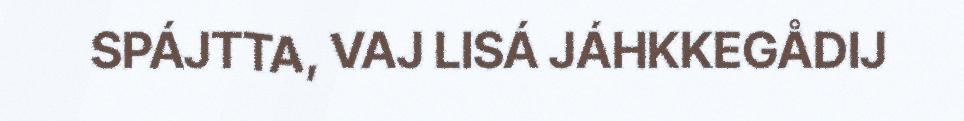
SPÁJTTA, VAJ LISÁ JÁHKKEGÅDIJ